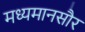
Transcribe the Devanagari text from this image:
मध्यमानसौर